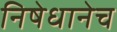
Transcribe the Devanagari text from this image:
निषेधानेच